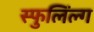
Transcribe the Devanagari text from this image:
स्फुलिंल्ग